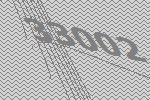
33002